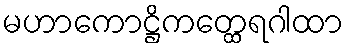
မဟာကောဋ္ဌိကတ္ထေရဂါထာ